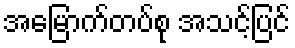
အမြောက်တပ်စု အသင့်ပြင်